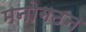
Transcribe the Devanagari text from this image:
मनोगठन